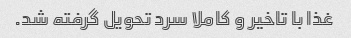
غذا با تاخیر و کاملا سرد تحویل گرفته شد.